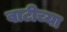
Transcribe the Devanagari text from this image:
वाटीच्या